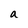
Character: a